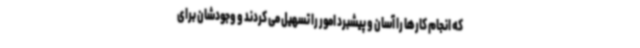
که انجام کارها را آسان و پیشبرد امور را تسهیل می کردند و وجودشان برای